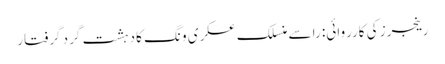
رینجرز کی کارروائی: را سے منسلک عسکری ونگ کا دہشت گرد گرفتار